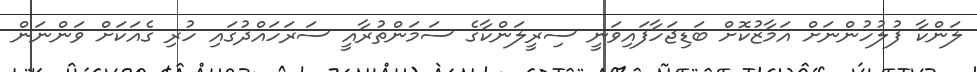
ލަންކާ ފުލުހުންނަށް އަމާޒުކޮށް ބަޑިޖަހާފައިވަނީ ސިރީލަންކާގެ ސަމަންތުރާއީ ސަރަހައްދުގައި ހުރި ގެއަކަށް ވަންނަން